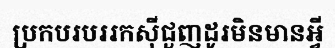
ប្រកបរបររកស៊ីជួញដូរមិនមានអ្វី